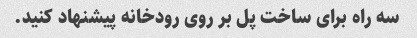
سه راه برای ساخت پل بر روی رودخانه پیشنهاد کنید.